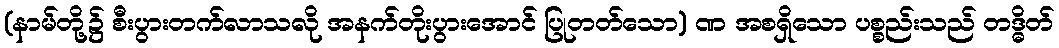
(နာမ်တို့၌ စီးပွားတက်လာသလို အနက်တိုးပွားအောင် ပြုတတ်သော) ဏ အစရှိသော ပစ္စည်းသည် တဒ္ဓိတ်